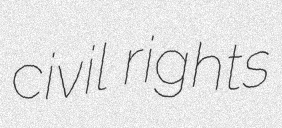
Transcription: civil rights